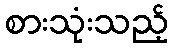
စားသုံးသည့်